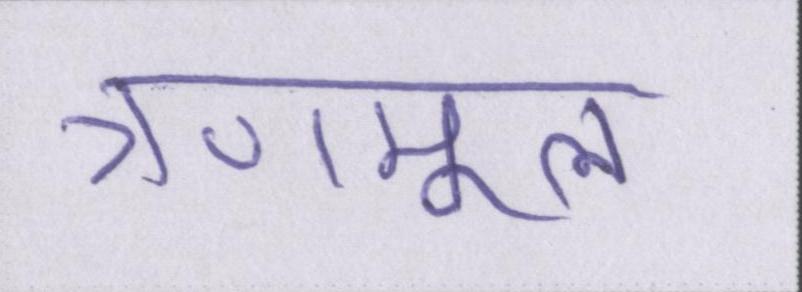
त्रणमूल